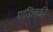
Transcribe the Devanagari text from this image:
मांडिलकी